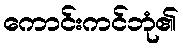
ကောင်းကင်ဘုံ၏